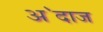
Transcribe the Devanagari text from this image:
अ॓दाज